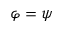
{ \varphi } = \psi